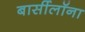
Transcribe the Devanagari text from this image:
बार्सीलॉना